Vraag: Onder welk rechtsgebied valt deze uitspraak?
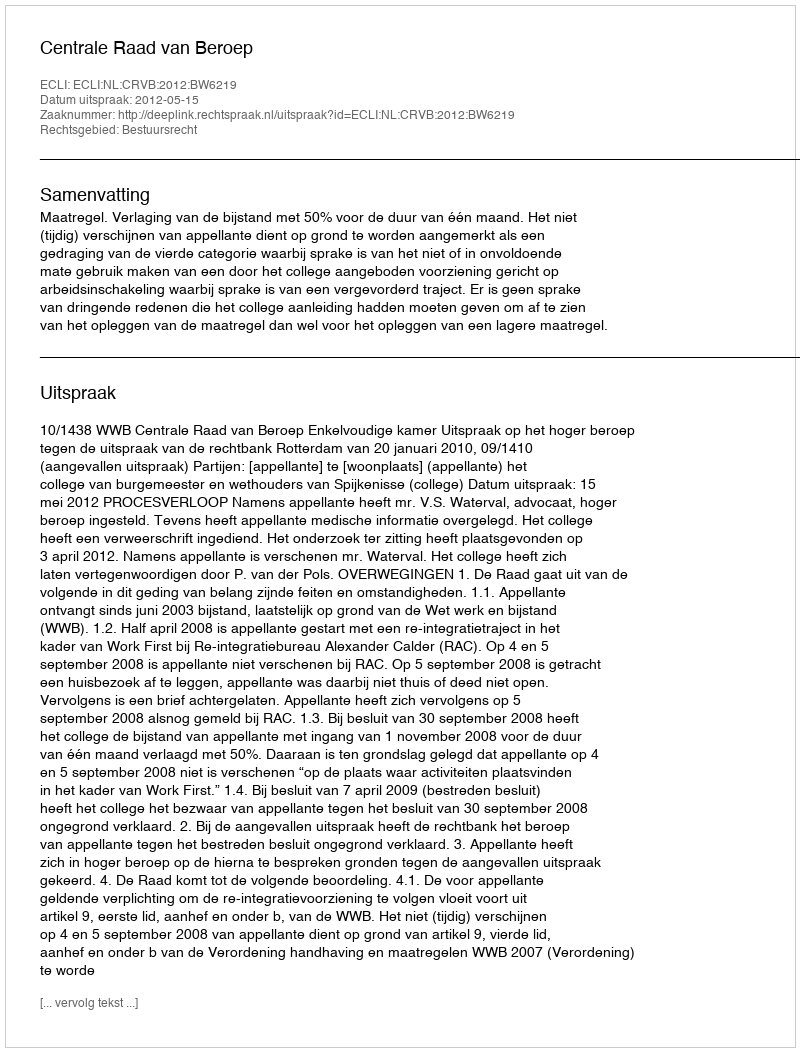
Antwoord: Bestuursrecht